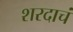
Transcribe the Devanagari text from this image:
शरदाचं